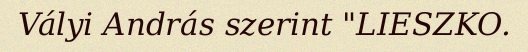
Vályi András szerint "LIESZKO.